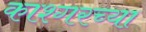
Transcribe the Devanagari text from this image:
काश्गरच्या